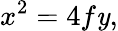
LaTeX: x^{2}=4f\mathit{y},